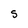
Character: S